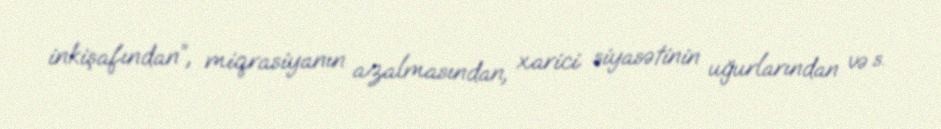
inkişafından”, miqrasiyanın azalmasından, xarici siyasətinin uğurlarından və s.